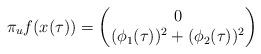
LaTeX: \begin{align*} \pi_uf(x(\tau)) = \begin{pmatrix} 0 \\ (\phi_1(\tau))^2 + (\phi_2(\tau))^2 \end{pmatrix} \end{align*}